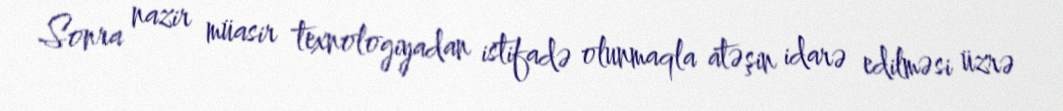
Sonra nazir müasir texnologiyadan istifadə olunmaqla atəşin idarə edilməsi üzrə